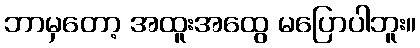
ဘာမှတော့ အထူးအထွေ မပြောပါဘူး။